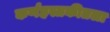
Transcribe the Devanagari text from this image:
कर्णहस्तकीतला